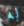
له